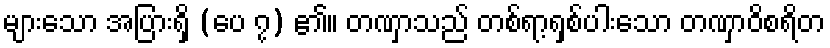
များသော အပြားရှိ (ပေ ၇) ၏။ တဏှာသည် တစ်ရာ့ရှစ်ပါးသော တဏှာဝိစရိတ